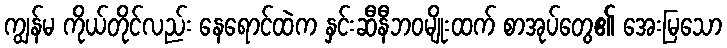
ကျွန်မ ကိုယ်တိုင်လည်း နေရောင်ထဲက နှင်းဆီနီဘဝမျိုးထက် စာအုပ်တွေ၏ အေးမြသော